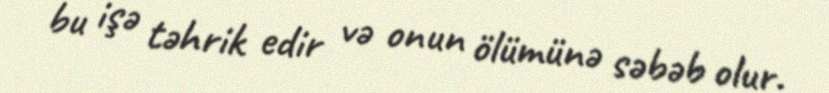
bu işə təhrik edir və onun ölümünə səbəb olur.